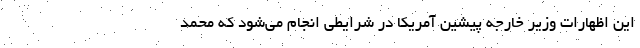
این اظهارات وزیر خارجه پیشین آمریکا در شرایطی انجام می‌شود که محمد